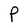
Character: P